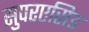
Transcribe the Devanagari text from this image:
सुपरएसिड